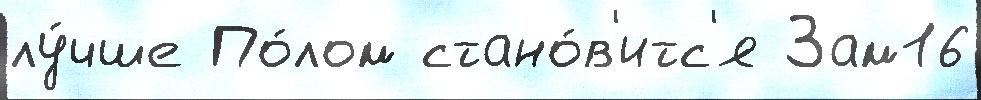
лу́чше По́лом стано́в'итс'я Зам16